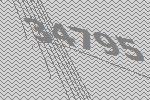
34795